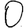
Digit: 0